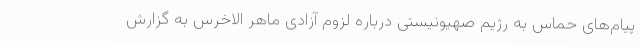
پیام‌های حماس به رژیم صهیونیستی درباره لزوم آزادی ماهر الاخرس به گزارش